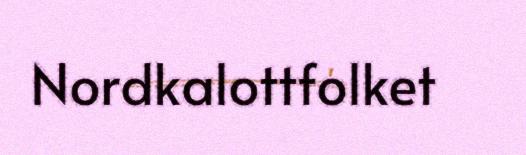
Nordkalottfolket